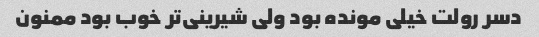
دسر رولت خیلی مونده بود ولی شیرینی‌تر خوب بود ممنون